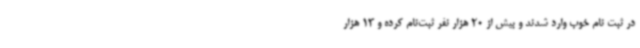
در ثبت نام خوب وارد شدند و بیش از 20 هزار نفر ثبت‌نام کرده و 13 هزار